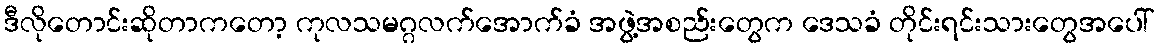
ဒီလိုတောင်းဆိုတာကတော့ ကုလသမဂ္ဂလက်အောက်ခံ အဖွဲ့အစည်းတွေက ဒေသခံ တိုင်းရင်းသားတွေအပေါ်